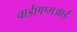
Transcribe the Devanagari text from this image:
वाईएएमआई